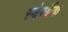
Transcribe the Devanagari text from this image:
स्बेरबैंक